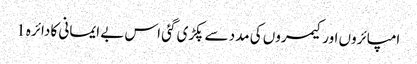
امپائروں اور کیمروں کی مدد سے پکڑی گئی اس بے ایمانی کا دائرہ 1